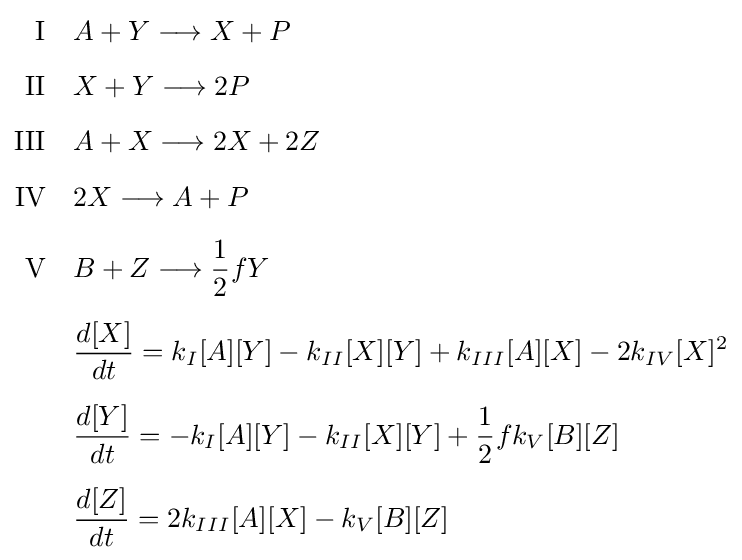
{\begin{aligned}{\text{I}}\quad &A+Y\longrightarrow X+P\\[5pt]{\text{II}}\quad &X+Y\longrightarrow 2P\\[5pt]{\text{III}}\quad &A+X\longrightarrow 2X+2Z\\[5pt]{\text{IV}}\quad &2X\longrightarrow A+P\\[5pt]{\text{V}}\quad &B+Z\longrightarrow {\frac {1}{2}}fY\\[5pt]&{\frac {d[X]}{dt}}=k_{I}[A][Y]-k_{II}[X][Y]+k_{III}[A][X]-2k_{IV}[X]^{2}\\[5pt]&{\frac {d[Y]}{dt}}=-k_{I}[A][Y]-k_{II}[X][Y]+{\frac {1}{2}}fk_{V}[B][Z]\\[5pt]&{\frac {d[Z]}{dt}}=2k_{III}[A][X]-k_{V}[B][Z]\end{aligned}}